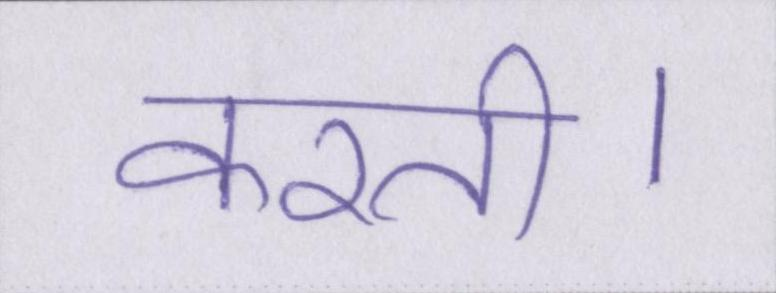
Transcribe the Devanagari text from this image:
करती।